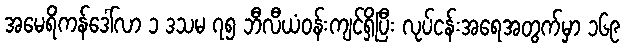
အမေရိကန်ဒေါ်လာ ၁ ဒသမ ၇၅ ဘီလီယံဝန်းကျင်ရှိပြီး လုပ်ငန်းအရေအတွက်မှာ ၁၆၉